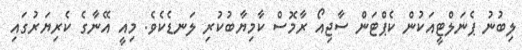
ލިބުނު ޕެނަލްޓީއަކުން ކެޕްޓަން ސާޖިއޯ ރާމޮސް ކާމިޔާބުކުރި ލަނޑެކެވެ. މިއީ އޭނާގެ ކެރިޔަރުގައި